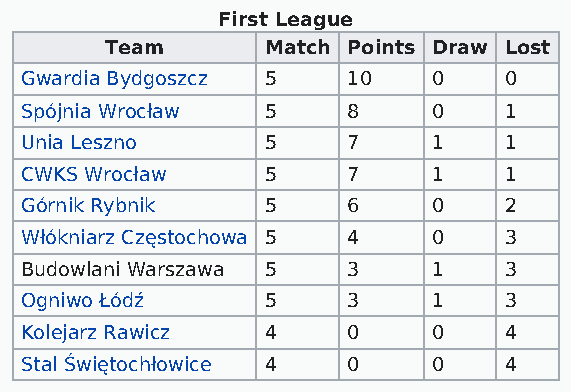
First League
 Team       Match Points Draw Lost
 Gwardia Bydgoszcz 5   10    0   0
 Spójnia Wrocław  5    8     0   1
 Unia Leszno      5    7     1   1
 CWKS Wrocław     5    7     1   1
 Górnik Rybnik    5    6     0   2
 Włókniarz Częstochowa 5 4   0   3
 Budowlani Warszawa 5  3     1   3
 Ogniwo Łódź      5    3     1   3
 Kolejarz Rawicz  4    0     0   4
 Stal Świętochłowice 4 0     0   4